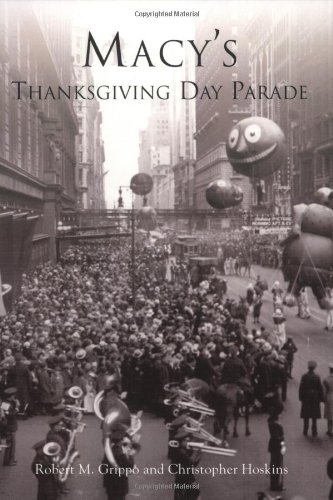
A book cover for Macy's Thanksgiving Day Parade (NY)   (Images of America); Robert M. Grippo; Politics & Social Sciences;